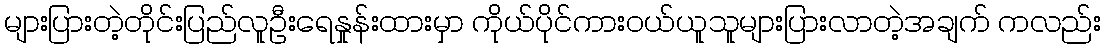
များပြားတဲ့တိုင်းပြည်လူဦးရေနှုန်းထားမှာ ကိုယ်ပိုင်ကားဝယ်ယူသူများပြားလာတဲ့အချက် ကလည်း